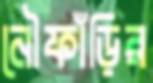
নৌফাঁড়ির